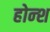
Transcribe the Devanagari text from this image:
होन्श